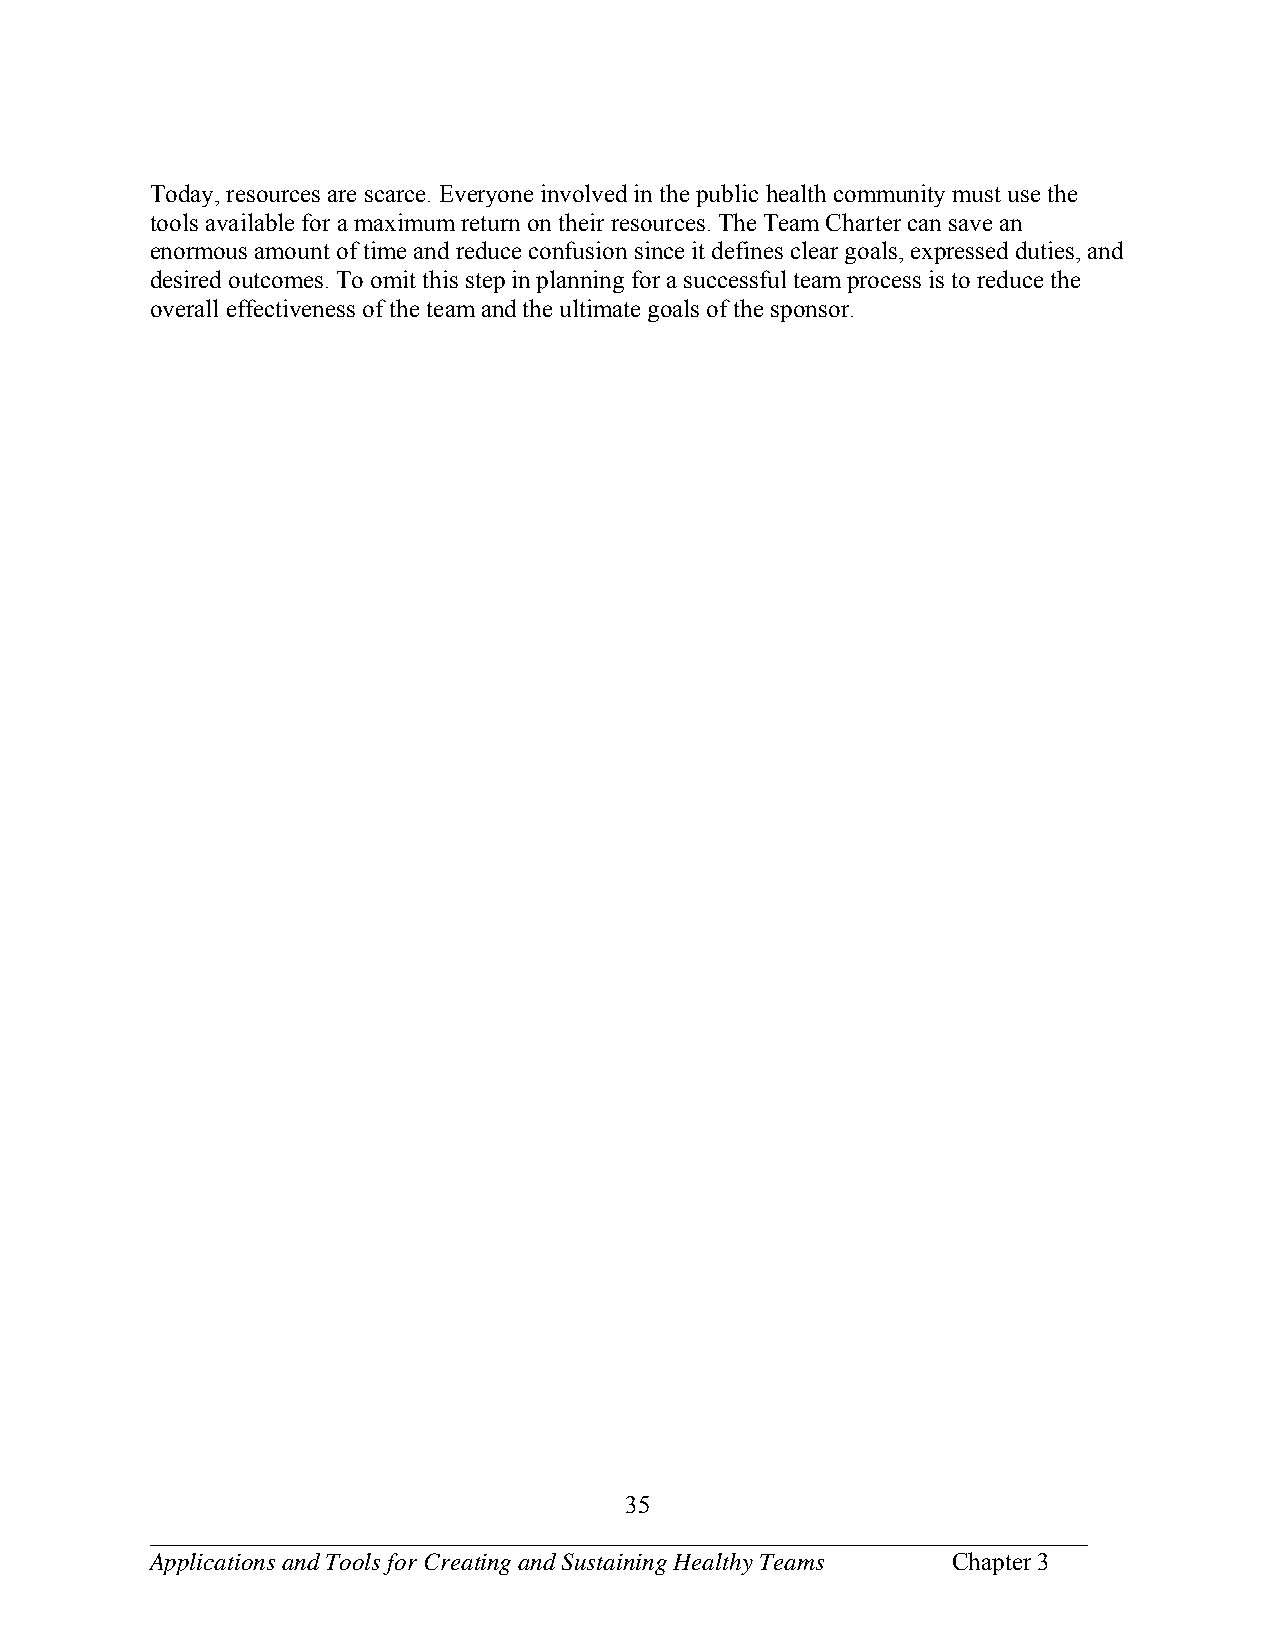
Today, resources are scarce. Everyone involved in the public health community must use the
 tools available for a maximum return on their resources. The Team Charter can save an
 enormous amount of time and reduce confusion since it defines clear goals, expressed duties, and
 desired outcomes. To omit this step in planning for a successful team process is to reduce the
 overall effectiveness of the team and the ultimate goals of the sponsor.
 35
 ___________________________________________________________________________
 Applications and Tools for Creating and Sustaining Healthy Teams Chapter 3